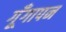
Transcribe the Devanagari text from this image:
गूँगापन